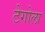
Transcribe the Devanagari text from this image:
टेगोला